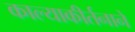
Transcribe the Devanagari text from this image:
काल्याकीर्तनाने